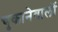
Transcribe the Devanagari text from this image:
चुकानेवालों